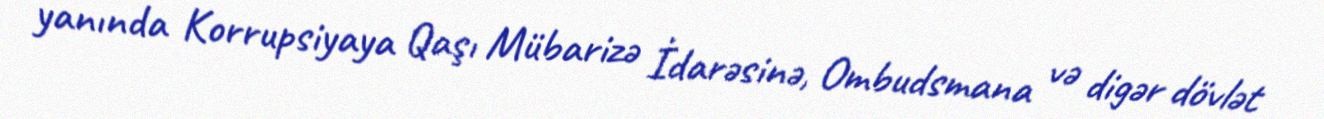
yanında Korrupsiyaya Qaşı Mübarizə İdarəsinə, Ombudsmana və digər dövlət